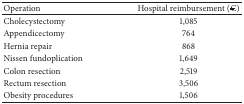
<table><thead><tr><td><b>Operation</b></td><td><b>Hospital reimbursement (€)</b></td></tr></thead><tbody><tr><td>Cholecystectomy</td><td>1,085</td></tr><tr><td>Appendicectomy</td><td>764</td></tr><tr><td>Hernia repair</td><td>868</td></tr><tr><td>Nissen fundoplication</td><td>1,649</td></tr><tr><td>Colon resection</td><td>2,519</td></tr><tr><td>Rectum resection</td><td>3,506</td></tr><tr><td>Obesity procedures</td><td>1,506</td></tr></tbody></table>